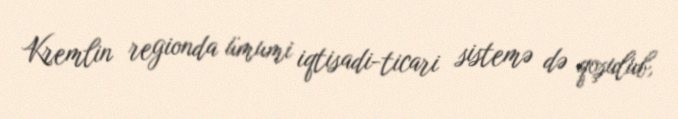
Kremlin regionda ümumi iqtisadi-ticari sistemə də qoşulub,